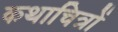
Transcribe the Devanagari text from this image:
कथाचित्रों